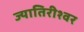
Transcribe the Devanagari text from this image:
ज्यातिरीश्वर